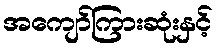
အကျော်ကြားဆုံးနှင့်